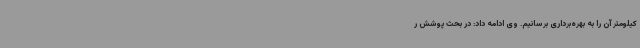
کیلومتر آن را به بهره‌برداری برسانیم. وی ادامه داد: در بحث پوشش ر